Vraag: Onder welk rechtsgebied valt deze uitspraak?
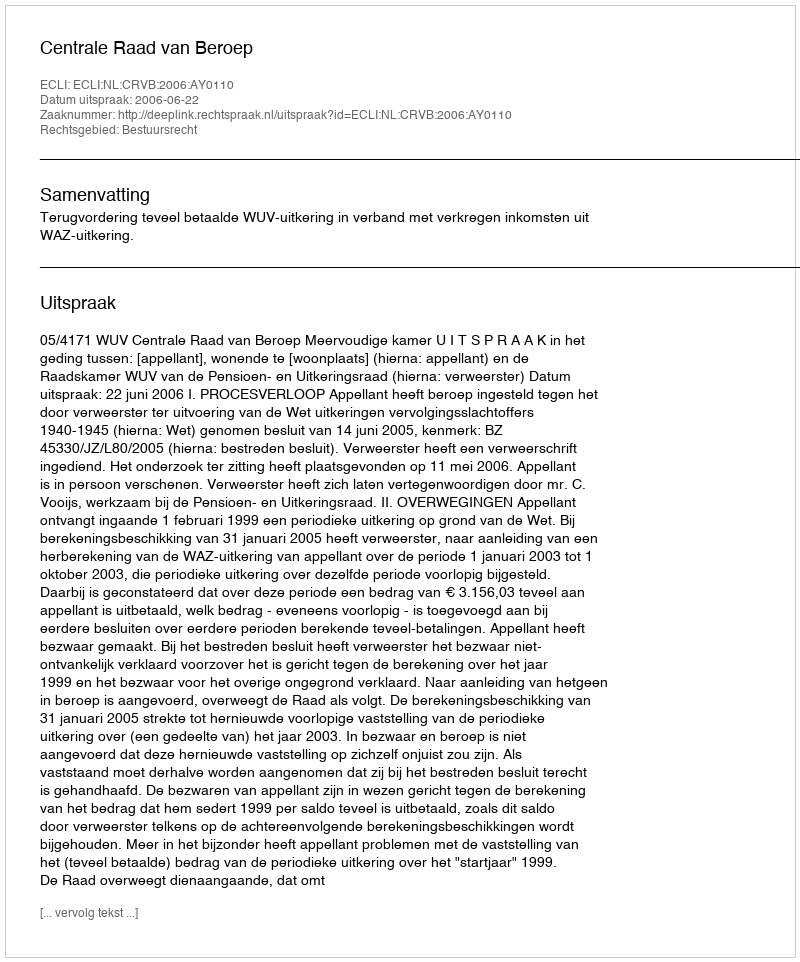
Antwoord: Bestuursrecht